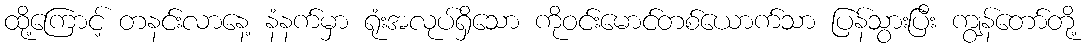
ထို့ကြောင့် တနင်းလာနေ့ နံနက်မှာ ရုံးအလုပ်ရှိသော ကိုဝင်းမောင်တစ်ယောက်သာ ပြန်သွားပြီး ကျွန်တော်တို့